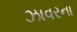
ઝાવરના